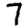
Digit: 7